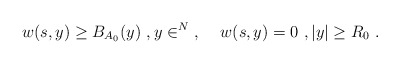
\begin{align*}w(s,y) \ge B_{A_0}(y)\ , y\in \real^N\ , \;\; \;\; w(s,y) = 0\ , |y|\ge R_0\ . \end{align*}